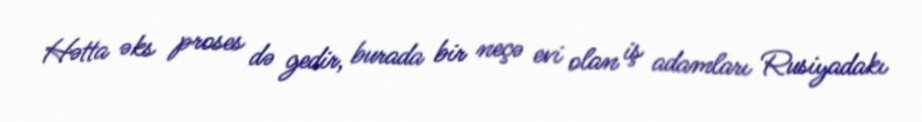
Hətta əks proses də gedir, burada bir neçə evi olan iş adamları Rusiyadakı